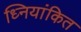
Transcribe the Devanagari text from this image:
ध्नियांकित